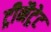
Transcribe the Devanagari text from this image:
ट्रीनैट्रेट